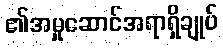
၏အမှုဆောင်အရာရှိချုပ်